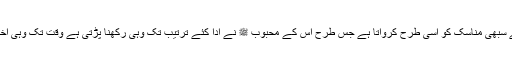
اسی لئے وہ حج کے سبھی مناسک کو اسی طرح کرواتا ہے جس طرح اس کے محبوب ﷺ نے ادا کئے ترتیب تک وہی رکھنا پڑتی ہے وقت تک وہی اختیار کرنا پڑتا ہے ۔